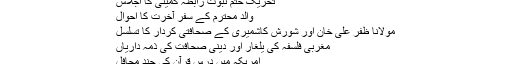
تحریک ختم نبوت رابطہ کمیٹی کا اجلاس
والدِ محترم کے سفر آخرت کا احوال
مولانا ظفر علی خان اور شورش کاشمیری کے صحافتی کردار کا تسلسل
مغربی فلسفہ کی یلغار اور دینی صحافت کی ذمہ داریاں
امریکہ میں درس قرآن کی چند محافل